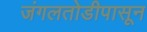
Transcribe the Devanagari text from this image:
जंगलतोडीपासून